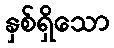
နှစ်ရှိသော